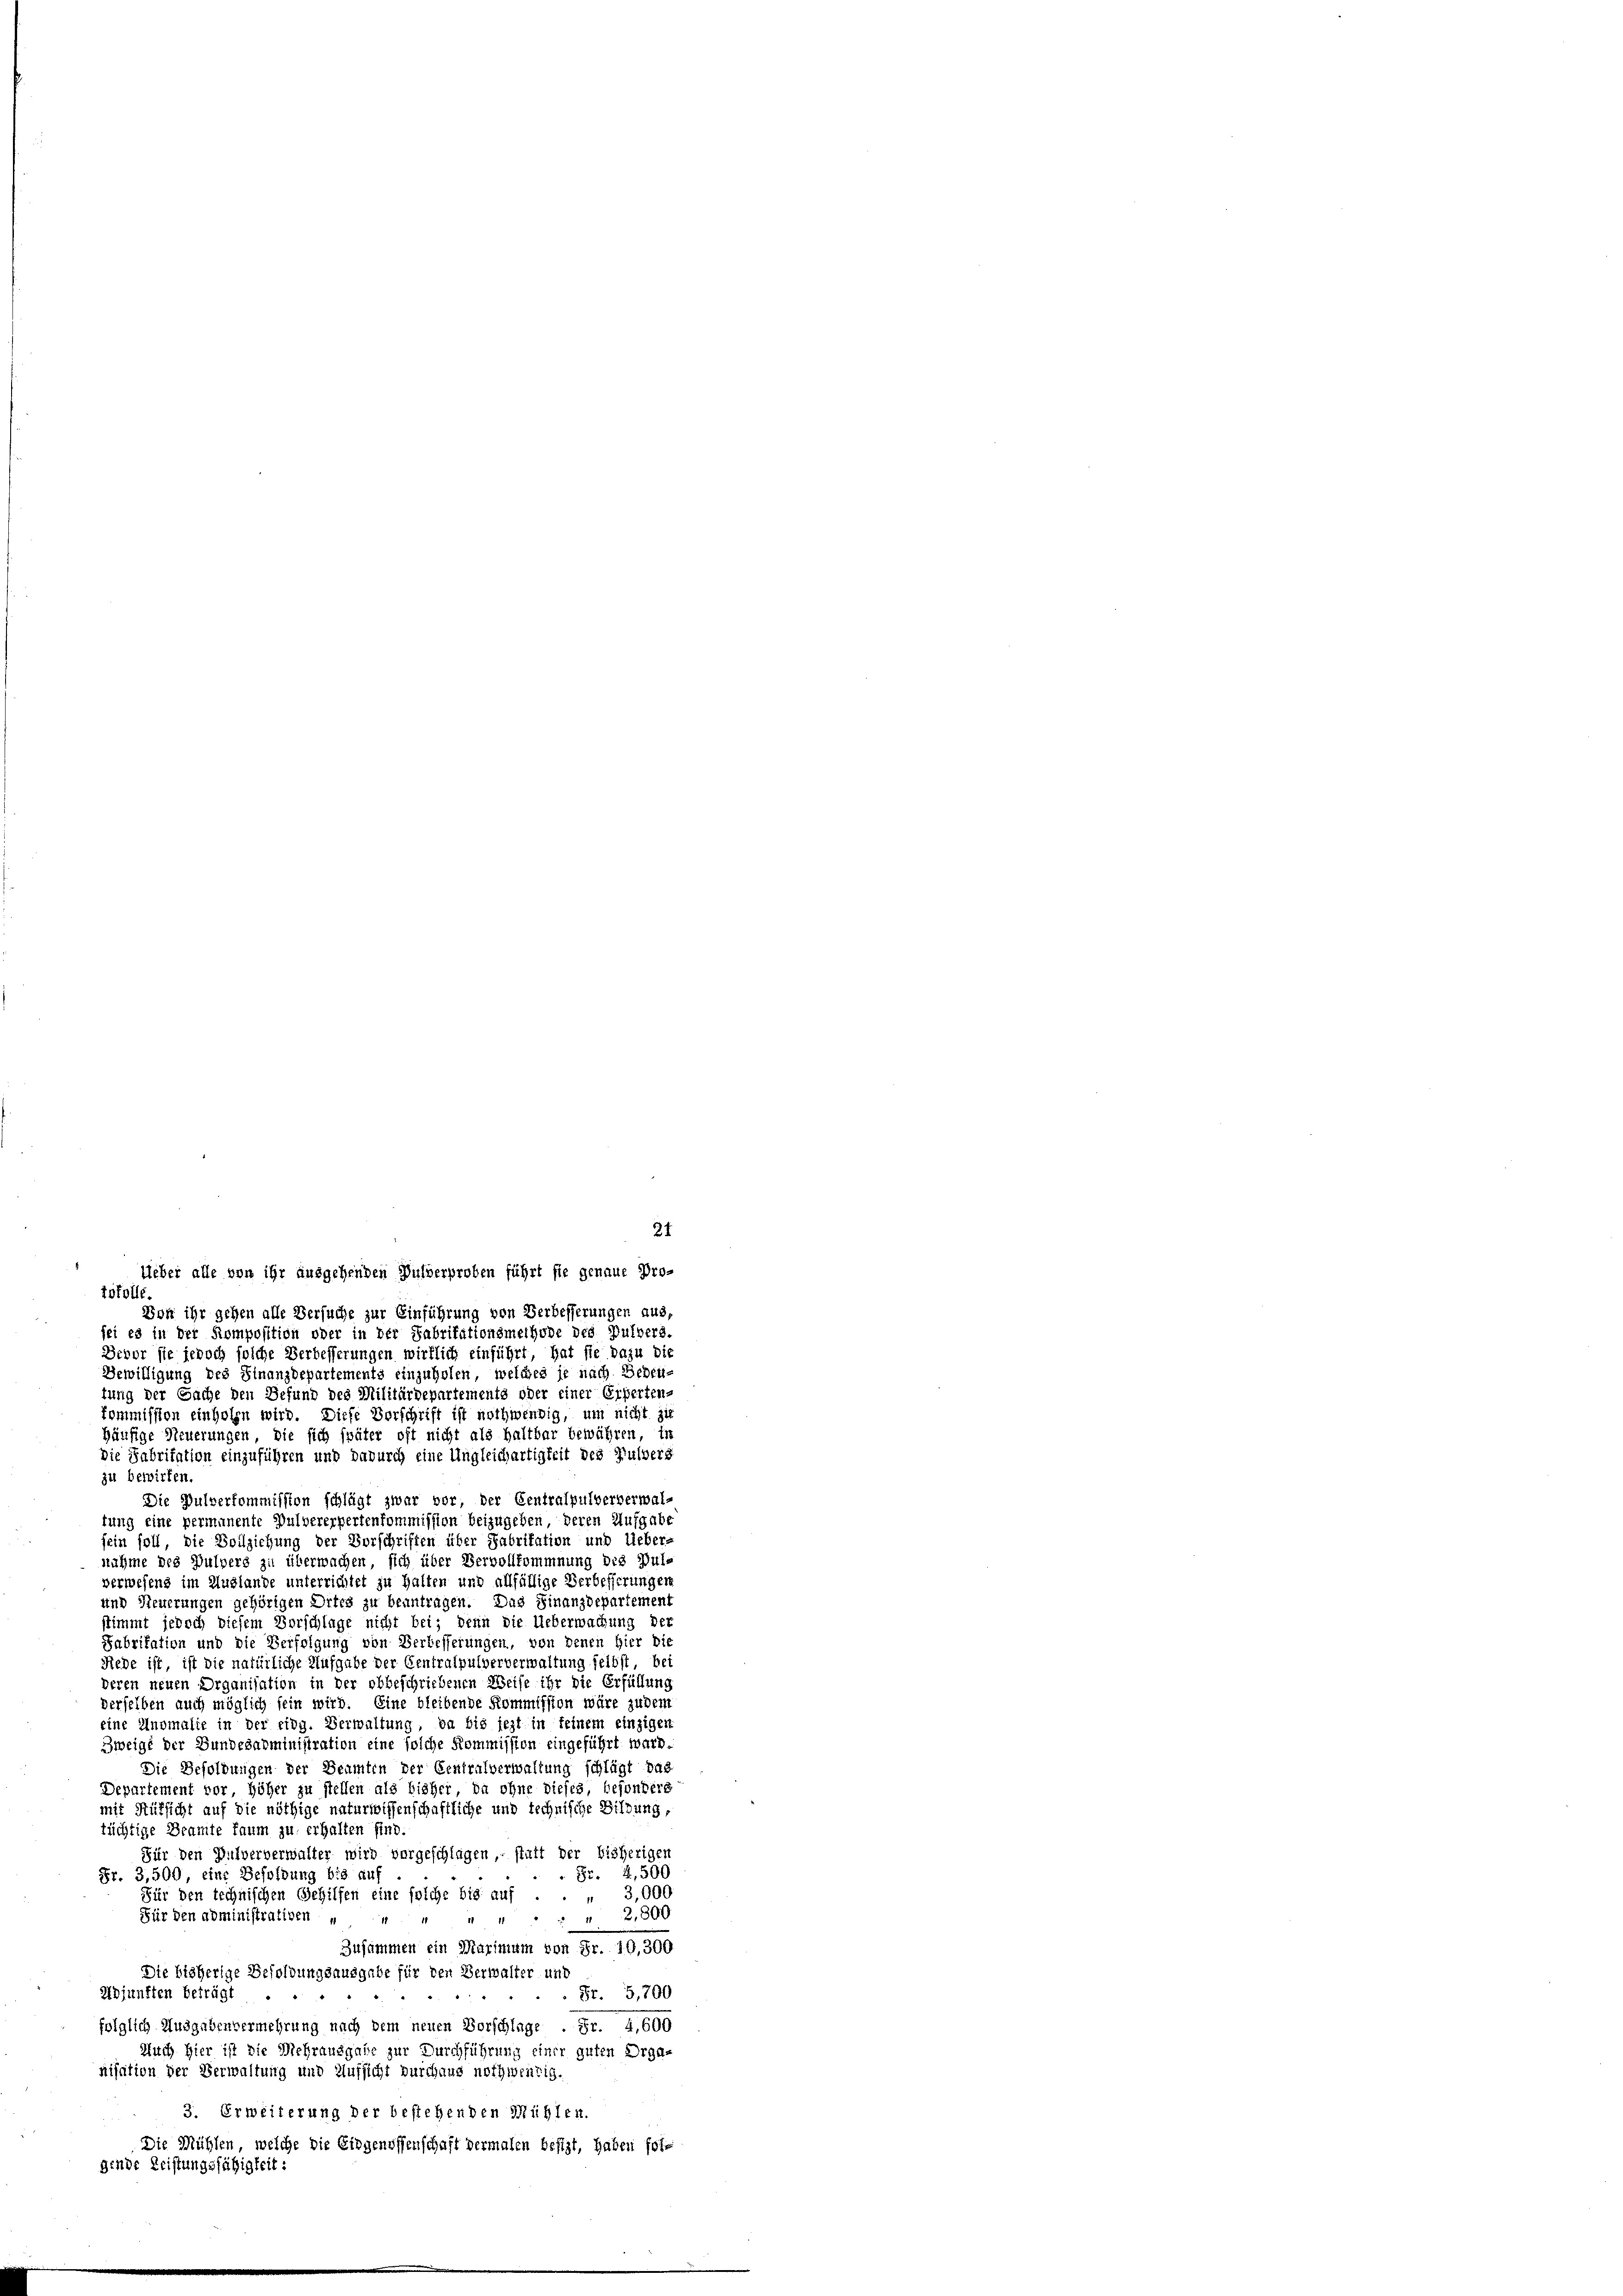
tstolle.
Von ihr gehen alle Versuche zur Einführung von Verbesserungen aus,
sei es in der Komposition oder in der Fabritationsmethode des Pulvers.
Devor sie jedoch solche Verbesserungen wirklich einführt, hat sie dazu die
Bewilligung des Finanzdepartements einzuholen, welches je nach Bedeu-
tung der Sache den Befund des Militärdepartements oder einer Erherten,
kommission einholen wird. Diese Vorschrift ist nothwendig, um nicht zu
Häufige Steuerungen, die sich später oft nicht als haltbar bewähren, in
Die Fabritation einzuführen und dadurch eine Ungleichartigkeit des Pulberg
zu bewirten
Die Pulverkommission schlägt zwar vor, der Centralpulververwal-
tung eine permanente Pulvererpertenkommission beizugeben, deren Aufgabe
fein soll, die Vollziehung der Vorschriften über Fabrikation und Ueber-
nahme des Pulperg zu überwachen, sich über Vervollkommnung des Dulverwesens im Auslande unterrichtet zu halten und allfällige Verbesserungen
und Steuerungen gehörigen Ortes zu beantragen. Das Finanzdepartement
stimmt jedoch diesem Vorschlage nicht bei; denn die Ueberwachung der
Fabrikation und die Verfolgung von Verbesserungen, von denen Hier die
Rede ist, ist die natürliche Aufgabe der Centralpulververwaltung selbst, bei
deren neuen Organisation in der obbeschriebenen Weise ihr die Erfüllun
derselben auch möglich sein wird. Eine bleibende Kommission wäre zudem
eine Anomalie in der eidg. Verwaltung, da bis jezt in feinem einzigen
Zweige der Bundesadministration eine solche Kommission eingeführt ward
Die Besoldungen der Beamten der Centralverwaltung schlägt das
Departement vor höher zu stellen als bisher, da ohne dieses, besondere
mit Rüksicht auf die nöthige naturwissenschaftliche und technische Bildung,
tüchtige Beamte kaum zu erhalten sind.
Für den Pulververwalter wird vorgeschlagen, statt der bisherigen
 Fr. 4,500
Fr. 3,500, eine Besoldung bis auf
Für den technischen Gehilfen eine solche bis auf . . . 3,000
Für den administrativen
 " " 2,800
Zusammen ein Marimum von Fr. 10,300
Die bisherige Besoldungsausgabe für den Verwalter und
Adjunften beträgt
Fr. 5,700
folglich Ausgabenvermehrung nach dem neuen Vorschlage . Fr. 4,600
Auch hier ist die Mehrausgabe zur Durchführung einer guten Organisation der Verwaltung und Aufsicht durchaus nothwendig.
3. Erweiterung der bestehenden Mühlen.
Die Mühlen, welche die Eingenossenschaft dermalen besizt, haben folgende Leistungsfähigkeit:

21
Ueber alle von ihr ausgehenden Pulverproben führt sie genaue Pro¬